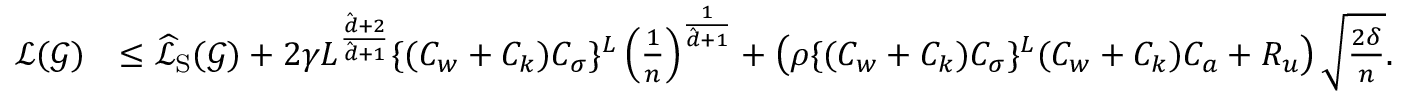
\begin{array} { r l } { \mathcal { L } ( \boldsymbol { \mathcal { G } } ) } & { \leq \widehat { \mathcal { L } } _ { \mathrm { S } } ( \boldsymbol { \mathcal { G } } ) + 2 \gamma L ^ { \frac { \hat { d } + 2 } { \hat { d } + 1 } } \{ ( C _ { w } + C _ { k } ) C _ { \sigma } \} ^ { L } \left( \frac { 1 } { n } \right) ^ { \frac { 1 } { \hat { d } + 1 } } + \left( \rho \{ ( C _ { w } + C _ { k } ) C _ { \sigma } \} ^ { L } ( C _ { w } + C _ { k } ) C _ { a } + R _ { u } \right) \sqrt { \frac { 2 \delta } { n } } . } \end{array}